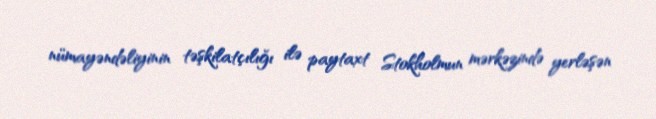
nümayəndəliyinin təşkilatçılığı ilə paytaxt Stokholmun mərkəzində yerləşən